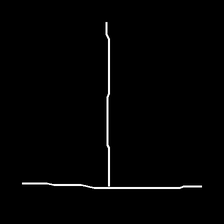
Glyph: column